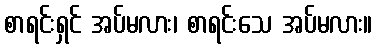
စာရင်းရှင် အပ်မလား၊ စာရင်းသေ အပ်မလား။